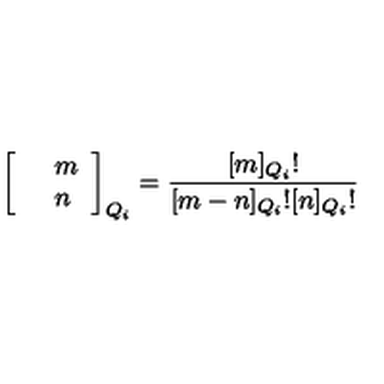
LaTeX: \left[ \begin{array} { c l c r } { } & { m } \\ { } & { n } \\ \end{array} \right] _ { Q _ { i } } = \frac { \lbrack m \rbrack _ { Q _ { i } } ! } { \lbrack m - n \rbrack _ { Q _ { i } } ! \lbrack n \rbrack _ { Q _ { i } } ! }